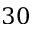
3 0